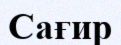
Сағир